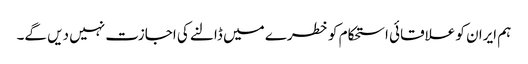
ہم ایران کو علاقائی استحکام کو خطرے میں ڈالنے کی اجازت نہیں دیں گے۔